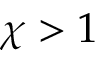
\chi > 1